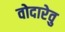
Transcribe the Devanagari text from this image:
वोदारेवु